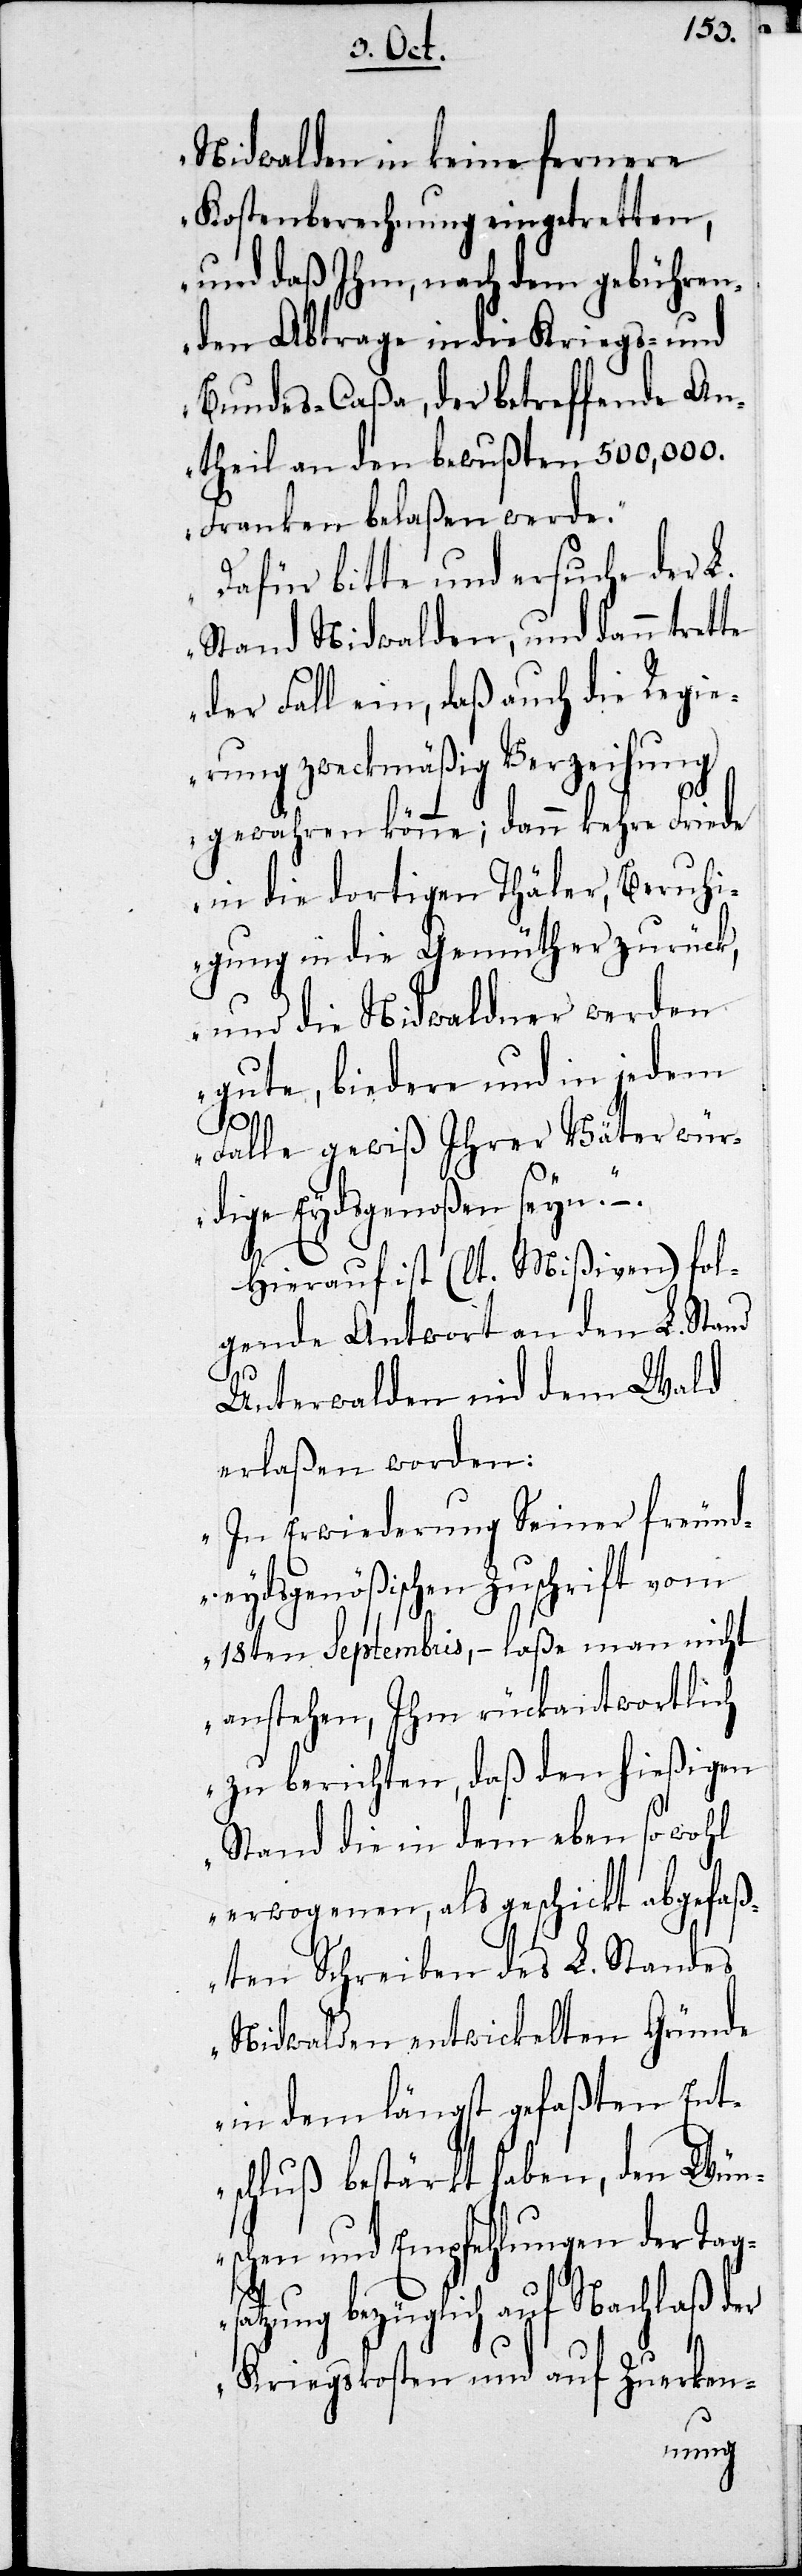
Nidwalden in keine fernere
Kostenberechnung eingetretten,
und daß Ihm, nach dem gebühren¬
den Abtrage in die Kriegs- und
Bundes-Caßa, der betreffende An¬
theil an den bewußten 500,000.
Franken belaßen werde.
Dafür bitte und ersuche der L.
Stand Nidwalden, und dann trette
der Fall ein, daß auch die Regie¬
rung zweckmäßig Verzeihung
gewähren könne; dann kehre Friede
in die dortigen Thäler, Beruhi¬
gung in die Gemüther zurück,
und die Nidwaldner werden
gute, biedere und in jedem
Falle gewiß Ihrer Väter wür¬
dige Eydsgenoßen seyn.“
Hierauf ist (lt. Mißiven) fol¬
gende Antwort an den L. Stand
Unterwalden nid dem Wald
erlaßen worden:
„In Erwiederung Seiner freund¬
eydsgenößischen Zuschrift vom
18ten Septembris, – laße man nicht
anstehen, Ihm rückantwortlich
zu berichten, daß den hießigen
Stand die in dem eben sowohl
erwogenen, als geschickt abgefaß¬
ten Schreiben des L. Standes
Nidwalden entwickelten Gründe
in dem längst gefaßten Ent¬
schluß bestärkt haben, den Wüns¬
chen und Empfehlungen der Tag¬
satzung bezüglich auf Nachlaß der
Kriegskosten und auf Zuerken-